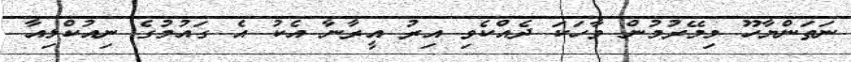
ނަތަންޔާހޫ މިމޭރުމުން ވާހަކަ ދެއްކެވި އިރު އީރާނާ އެކު އެ ގައުމުގެ ނިއުކްލިއާ